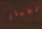
لجهاز